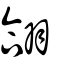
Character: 翖